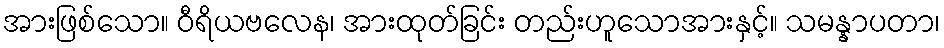
အားဖြစ်သော။ ဝီရိယဗလေန၊ အားထုတ်ခြင်း တည်းဟူသောအားနှင့်။ သမန္နာပတာ၊